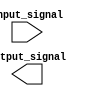
module voltage_level_shifter (
    input wire input_signal,
    output wire output_signal
);

// Logic gates and control signals here

endmodule